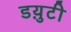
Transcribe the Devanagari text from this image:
डय़ुटी